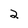
Character: 2